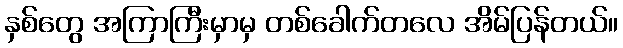
နှစ်တွေ အကြာကြီးမှာမှ တစ်ခေါက်တလေ အိမ်ပြန်တယ်။